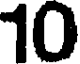
10